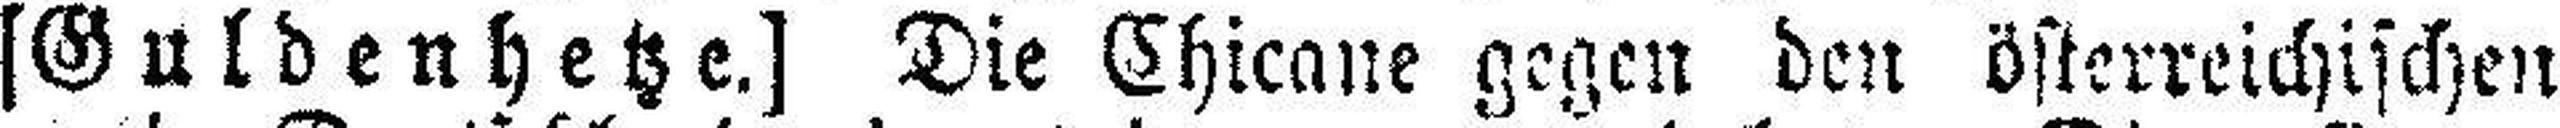
[Guldenhetze.] Die Chicane gegen den österreichischen